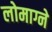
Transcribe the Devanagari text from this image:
लोमाग्ने